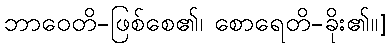
ဘာဝေတိ-ဖြစ်စေ၏၊ စောရေတိ-ခိုး၏။]